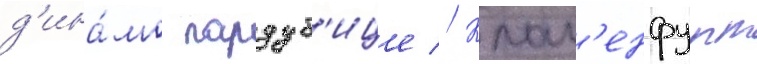
д'ина́мо пардуб'ице // Клаг'енфурт